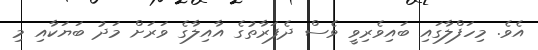
އެވެ. މިހަފްލާގައި ބައިވެރިވީ ވެސް ދެފަރާތުގެ އާއިލާގެ ވަރަށް މަދު ބަޔަކާއި މި